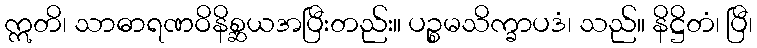
ဣတိ၊ သာဓာရဏဝိနိစ္ဆယအပြီးတည်း။ ပဉ္စမသိက္ခာပဒံ၊ သည်။ နိဋ္ဌိတံ၊ ပြီ၊